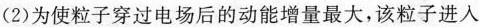
(2)为使粒子穿过电场后的动能增量最大，该粒子进入